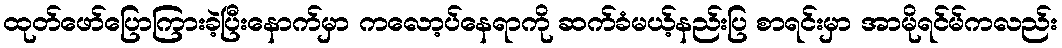
ထုတ်ဖော်ပြောကြားခဲ့ပြီးနောက်မှာ ကလော့ပ်နေရာကို ဆက်ခံမယ့်နည်းပြ စာရင်းမှာ အာမိုရင်မ်ကလည်း